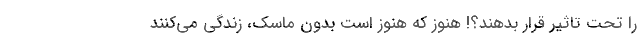
را تحت تاثیر قرار بدهند؟! هنوز که هنوز است بدون ماسک، زندگی می‌کنند